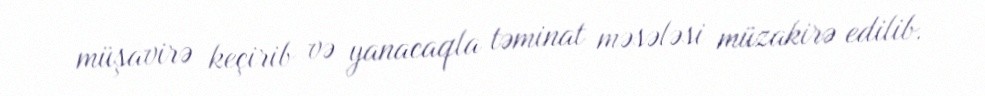
müşavirə keçirib və yanacaqla təminat məsələsi müzakirə edilib.